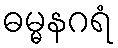
ဓမ္မနဂရံ